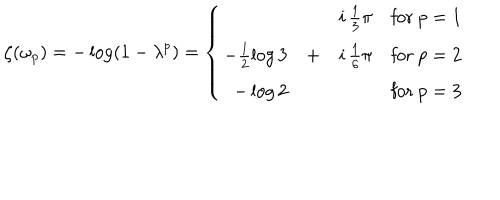
\zeta ( \omega _ { p } ) = - \log ( 1 - \lambda ^ { p } ) = \left\{ \begin{array} { r c l l } { { } } & { { } } & { { i \, \frac 1 3 \pi } } & { { \mathrm { f o r ~ } p = 1 } } \\ { { - \frac 1 2 \log 3 } } & { { + } } & { { i \, \frac 1 6 \pi } } & { { \mathrm { f o r ~ } p = 2 } } \\ { { - \log 2 } } & { { } } & { { } } & { { \mathrm { f o r ~ } p = 3 } } \\ \end{array} \right.